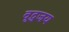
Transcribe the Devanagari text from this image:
वृद्धजय